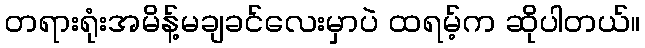
တရားရုံးအမိန့်မချခင်လေးမှာပဲ ထရမ့်က ဆိုပါတယ်။